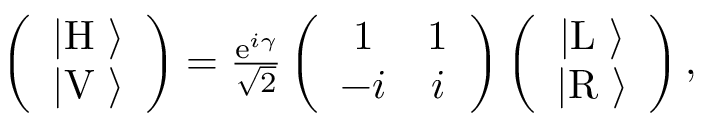
\begin{array} { r } { \left( \begin{array} { c } { | \mathrm { H } \ \rangle } \\ { | \mathrm { V } \ \rangle } \end{array} \right) = \frac { \mathrm { e } ^ { i \gamma } } { \sqrt { 2 } } \left( \begin{array} { c c } { 1 } & { 1 } \\ { - i } & { i } \end{array} \right) \left( \begin{array} { c } { | \mathrm { L } \ \rangle } \\ { | \mathrm { R } \ \rangle } \end{array} \right) , } \end{array}